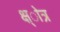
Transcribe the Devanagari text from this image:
क्ष्ेात्र